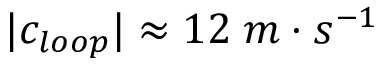
| c _ { l o o p } | \approx 1 2 \; m \cdot s ^ { - 1 }